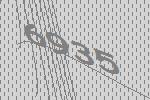
6935